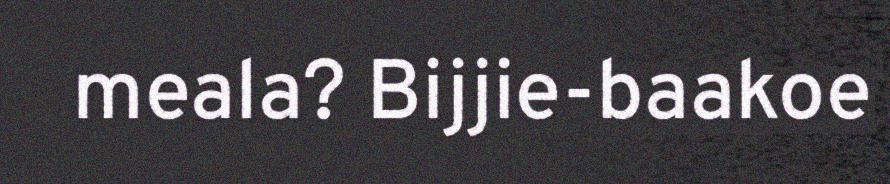
meala? Bijjie-baakoe